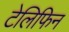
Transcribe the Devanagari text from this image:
टेलिफिन